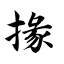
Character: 掾